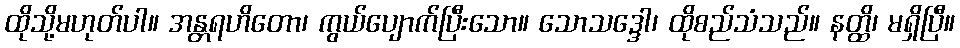
ထိုသို့မဟုတ်ပါ။ အန္တရဟိတော၊ ကွယ်ပျောက်ပြီးသော။ သောသဒ္ဒေါ၊ ထိုစည်သံသည်။ နတ္ထိ၊ မရှိပြီ။